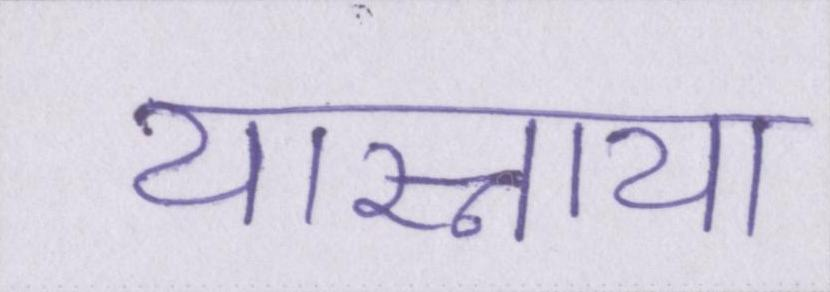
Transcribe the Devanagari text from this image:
यास्नाया